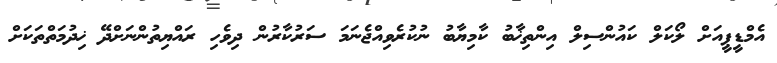
އެމްޑީޕީއަށް ލޯކަލް ކައުންސިލް އިންތިޚާބު ކާމިޔާބު ނުކުރެވިއްޖެނަމަ ސަރުކާރުން ދިވެހި ރައްޔިތުންނަށްދޭ ޚިދުމަތްތަކަށް